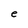
Character: e